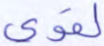
لقوي